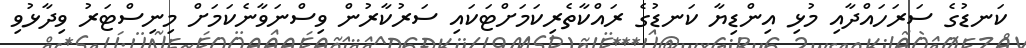
ކަނޑުގެ ސަރަހައްދާއި މުޅި އިންޑިޔާ ކަނޑުގެ ރައްކާތެރިކަމަށްޓަކައި ސަރުކާރުން ވިސްނަވާނެކަމަށް މިނިސްޓަރު ވިދާޅުވި